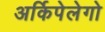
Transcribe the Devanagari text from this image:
अर्किपेलेगो